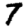
Digit: 7